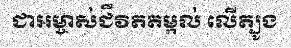
ជាអម្ចាស់ជីវិតតម្កល់ លើត្បូង